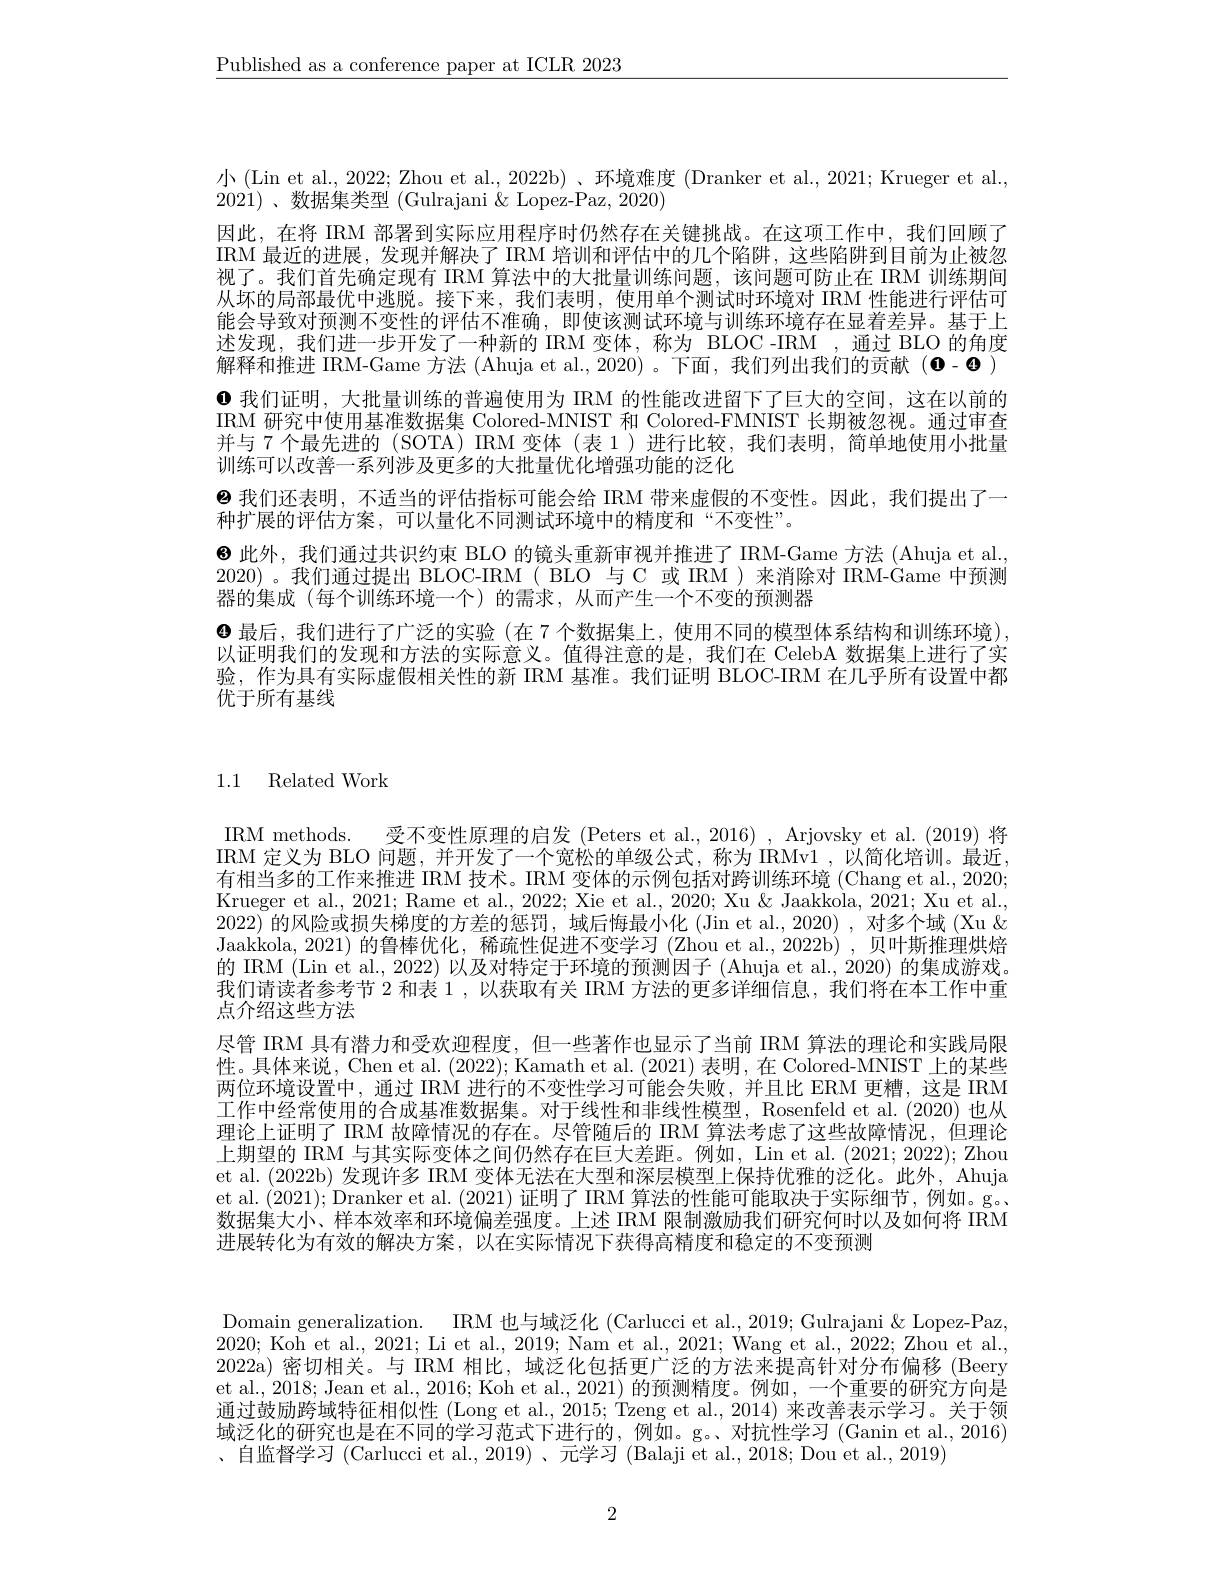
$\underline{\text{Published as a conference paper at ICLR 2023}}$

小(Lin et al., 2022; Zhou et al., 2022b)、环境难度 (Dranker et al., 2021; Krueger et al.,
2021)、数据集类型 (Gulrajani $\&$ Lopez-Paz, 2020)
因此，在将 IRM 部署到实际应用程序时仍然存在关键挑战。在这项工作中，我们回顾了IRM 最近的进展，发现并解决了 IRM 培训和评估中的几个陷阱，这些陷阱到目前为止被忽视了。我们首先确定现有 IRM 算法中的大批量训练问题，该问题可防止在 IRM 训练期间从坏的局部最优中逃脱。接下来，我们表明，使用单个测试时环境对 IRM 性能进行评估可能会导致对预测不变性的评估不准确，即使该测试环境与训练环境存在显着差异。基于上述发现，我们进一步开发了一种新的 IRM 变体，称为 BLOC -IRM ,通过 BLO 的角度解释和推进 IRM-Game 方法 (Ahuja et al., 2020) 。下面，我们列出我们的贡献 (0-◉) $\mathbf{0}$我们证明，大批量训练的普遍使用为 IRM 的性能改进留下了巨大的空间，这在以前的IRM 研究中使用基准数据集 Colored-MNIST 和 Colored-FMNIST 长期被忽视。通过审查并与 7 个最先进的 (SOTA) IRM 变体 (表 1 )进行比较，我们表明，简单地使用小批量训练可以改善一系列涉及更多的大批量优化增强功能的泛化
$\Theta$我们还表明，不适当的评估指标可能会给 IRM 带来虚假的不变性。因此，我们提出了一
种扩展的评估方案，可以量化不同测试环境中的精度和“不变性”。
$\mathbf{\Theta}$此外，我们通过共识约束 BLO 的镜头重新审视并推进了 IRM-Game 方法 (Ahuja et al., 2020) 。我们通过提出 BLOC-IRM( BLO 与 C 或 IRM )来消除对 IRM-Game 中预测器的集成 (每个训练环境一个) 的需求，从而产生一个不变的预测器
$\bullet$最后，我们进行了广泛的实验(在 7 个数据集上，使用不同的模型体系结构和训练环境), 以证明我们的发现和方法的实际意义。值得注意的是，我们在 CelebA 数据集上进行了实验，作为具有实际虚假相关性的新 IRM 基准。我们证明 BLOC-IRM 在几乎所有设置中都优于所有基线

# 1.1 Related Work

IRM methods. 受不变性原理的启发 (Peters et al., 2016) , Arjovsky et al. (2019) 将IRM 定义为 BLO 问题，并开发了一个宽松的单级公式，称为 IRMv1 , 以简化培训。最近， 有相当多的工作来推进 IRM 技术。IRM 变体的示例包括对跨训练环境 (Chang et al., 2020; Krueger et al., 2021; Rame et al., 2022; Xie et al., 2020; Xu & Jaakkola, 2021; Xu et al. 2022)的风险或损失梯度的方差的惩罚，域后悔最小化 (Jin et al., 2020) ,对多个域 (Xu & Jaakkola, 2021) 的鲁棒优化，稀疏性促进不变学习 (Zhou et al., 2022b) , 贝叶斯推理烘焙的 IRM (Lin et al., 2022) 以及对特定于环境的预测因子 (Ahuja et al., 2020) 的集成游戏。我们请读者参考节 2 和表 1 ,以获取有关 IRM 方法的更多详细信息，我们将在本工作中重点介绍这些方法
尽管 IRM 具有潜力和受欢迎程度，但一些著作也显示了当前 IRM 算法的理论和实践局限性。具体来说，Chen et al. (2022); Kamath et al. (2021)表明，在 Colored-MNIST 上的某些两位环境设置中，通过 IRM 进行的不变性学习可能会失败，并且比 ERM 更糟，这是 IRM 工作中经常使用的合成基准数据集。对于线性和非线性模型，Rosenfeld et al.(2020) 也从理论上证明了 IRM 故障情况的存在。尽管随后的 IRM 算法考虑了这些故障情况，但理论上期望的 IRM 与其实际变体之间仍然存在巨大差距。例如，Lin et al. (2021;2022); Zhou et al. (2022b) 发现许多 IRM 变体无法在大型和深层模型上保持优雅的泛化。此外，Ahuja et al. (2021); Dranker et al. (2021)证明了 IRM 算法的性能可能取决于实际细节，例如。g。数据集大小、样本效率和环境偏差强度。上述 IRM 限制激励我们研究何时以及如何将 IRM 进展转化为有效的解决方案，以在实际情况下获得高精度和稳定的不变预测

Domain generalization. IRM 也与域泛化 (Carlucci et al., 2019; Gulrajani& Lopez-Paz, 2020; Koh et al., 2021; Li et al., 2019; Nam et al., 2021; Wang et al., 2022; Zhou et al., 2022a)密切相关。与 IRM 相比，域泛化包括更广泛的方法来提高针对分布偏移 (Beery et al., 2018; Jean et al., 2016; Koh et al., 2021) 的预测精度。例如，一个重要的研究方向是通过鼓励跨域特征相似性 (Long et al., 2015; Tzeng et al., 2014) 来改善表示学习。关于领域泛化的研究也是在不同的学习范式下进行的，例如。g。、对抗性学习(Ganin et al., 2016) 、自监督学习 (Carlucci et al., 2019)、元学习 (Balaji et al., 2018; Dou et al., 2019)

2